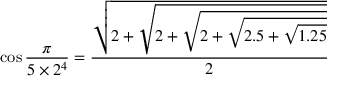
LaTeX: \cos { \frac { \pi } { 5 \times 2 ^ { 4 } } } = { \frac { \sqrt { 2 + { \sqrt { 2 + { \sqrt { 2 + { \sqrt { 2 . 5 + { \sqrt { 1 . 2 5 } } } } } } } } } } { 2 } }